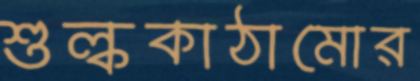
শুল্ককাঠামোর